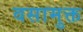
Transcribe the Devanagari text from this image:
वसामुक्त